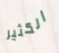
الكثير